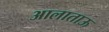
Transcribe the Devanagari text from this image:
आलाताऊ